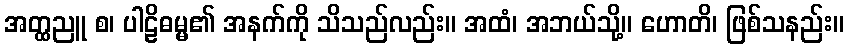
အတ္ထညူ စ၊ ပါဠိဓမ္မ၏ အနက်ကို သိသည်လည်း။ အထံ၊ အဘယ်သို့။ ဟောတိ၊ ဖြစ်သနည်း။